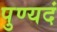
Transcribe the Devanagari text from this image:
पुण्यदं